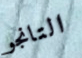
التانجو